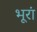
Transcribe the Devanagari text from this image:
भूरां